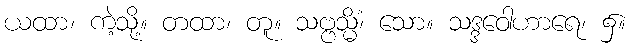
ယထာ၊ ကဲ့သို့။ တထာ၊ တူ။ သဗ္ဗသ္မိံ၊ သော။ သဒ္ဒဝေါဟာရေ၊ ၌။